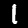
Label: 1